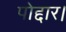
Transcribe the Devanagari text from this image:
पोद्दार।